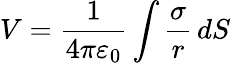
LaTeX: V={\frac{1}{4\pi\varepsilon_{0}}}\int{\frac{\sigma}{r}}\, dS